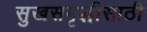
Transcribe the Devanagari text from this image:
सुखसमृद्धीसाठी